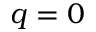
q = 0